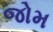
જોમ